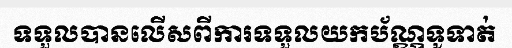
ទទួលបានលើសពីការទទួលយកប័ណ្ណទូទាត់